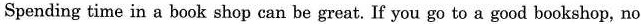
Spending time in a book shop can be great.If you go to a good bookshop, no